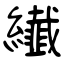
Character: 纎